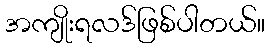
အကျိုးရလဒ်ဖြစ်ပါတယ်။